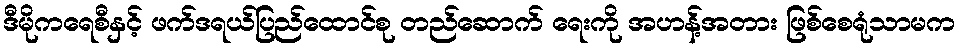
ဒီမိုကရေစီနှင့် ဖက်ဒရယ်ပြည်ထောင်စု တည်ဆောက် ရေးကို အဟန့်အတား ဖြစ်စေရုံသာမက